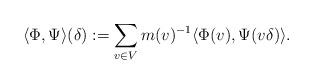
LaTeX: \begin{align*}\langle \Phi,\Psi\rangle(\delta):=\sum_{v\in V}m(v)^{-1}\langle \Phi(v),\Psi(v\delta)\rangle.\end{align*}